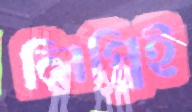
লিপ্পিই